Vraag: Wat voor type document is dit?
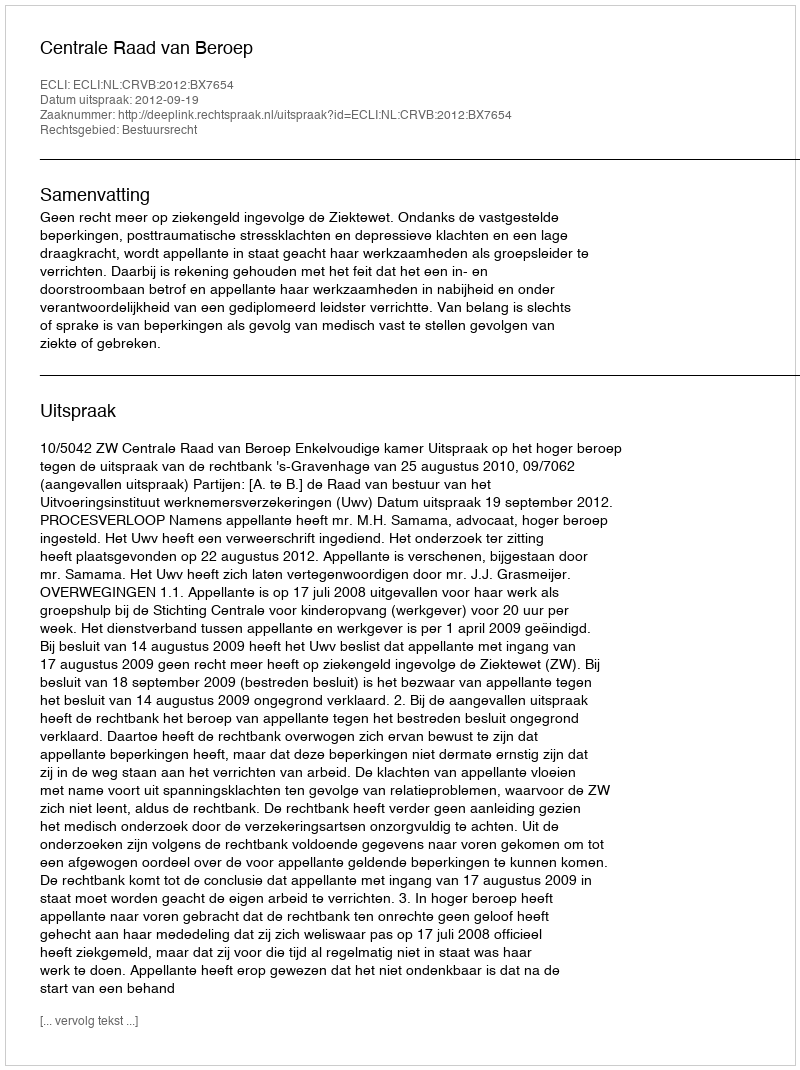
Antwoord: Uitspraak